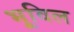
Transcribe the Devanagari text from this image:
भूविल